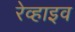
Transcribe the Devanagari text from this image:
रेव्हाइव